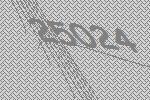
25024